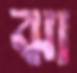
ঝা